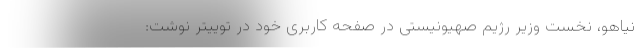
نیاهو، نخست وزیر رژیم صهیونیستی در صفحه کاربری خود در توییتر نوشت: